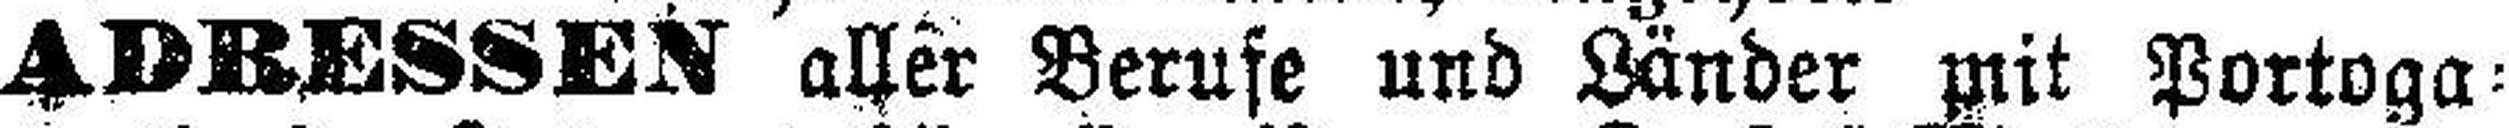
ADRESSEN aller Berufe und Länder mit Portoga¬